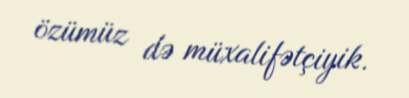
özümüz də müxalifətçiyik.